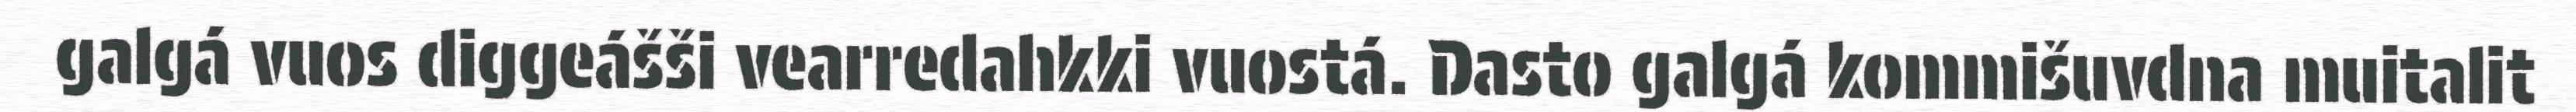
galgá vuos diggeášši vearredahkki vuostá. Dasto galgá kommišuvdna muitalit